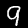
Digit: 9